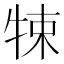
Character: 𤙨